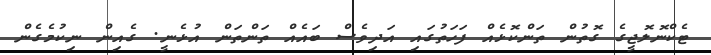
ޓެކްނޮލޮޖީގެ ގޮތުން ތަންކޮޅެއް ފަހަތުގައި އަދިވެސް ބައެއް ތަންތަން އުޅެނީ. ގެއިން ނިކުމެގެން